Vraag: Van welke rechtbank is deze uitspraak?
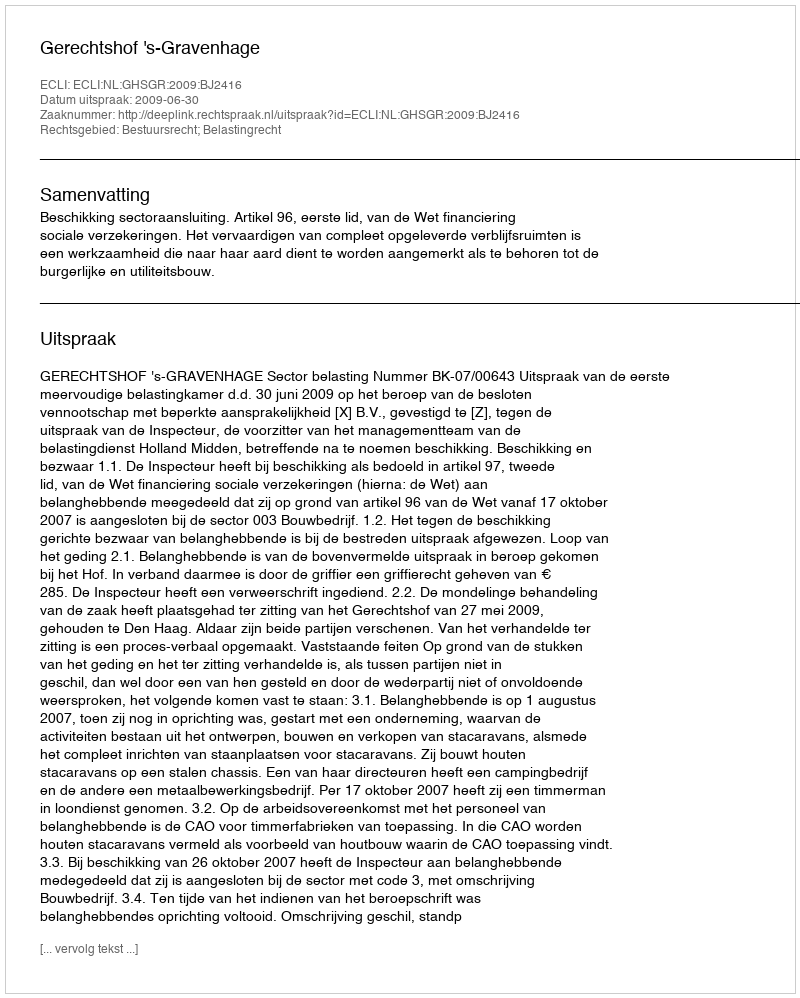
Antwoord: Gerechtshof 's-Gravenhage